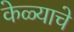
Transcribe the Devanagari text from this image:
केळ्याचे